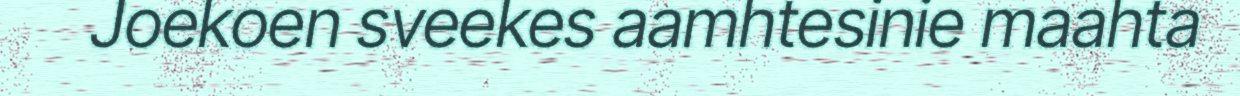
Joekoen sveekes aamhtesinie maahta